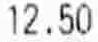
12.50